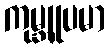
ကုမ္ဘူပမာ